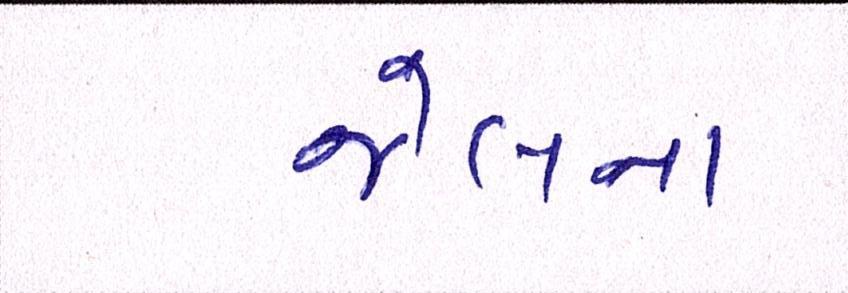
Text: જેલના